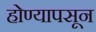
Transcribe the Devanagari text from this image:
होण्यापसून